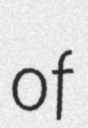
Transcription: of